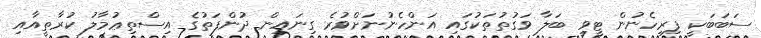
ސަބަބަކީ ފިރިހެނުން ޓީވީ ބަލާ ވަގުތުތަކުގައި އަންހެނުނަށްވުރެ ގިނައިން ދުންފަތުގެ އިސްތިޢުމާލު ކުރާތީއާއި